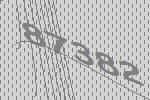
87382